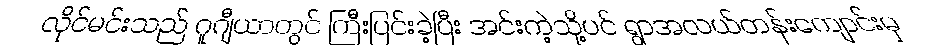
လိုင်မင်းသည် ဂူဂျီယာတွင် ကြီးပြင်းခဲ့ပြီး အင်းကဲ့သို့ပင် ရွာအလယ်တန်းကျောင်းမှ